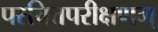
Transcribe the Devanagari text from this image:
परचित्तपरीक्षणम्‌